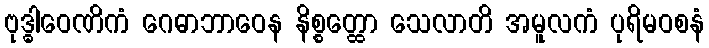
ဗုဒ္ဓါဝေဏိကံ ဂေဓာဘာဝေန နိစ္စတ္ထော သေလာတိ အမူလကံ ပုရိမဝစနံ